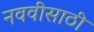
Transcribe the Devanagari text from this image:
नववीसाठी